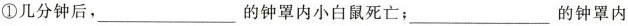
①几分钟后，___的钟罩内小白鼠死亡；___的钟罩内